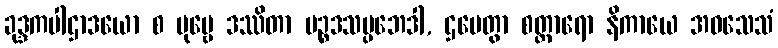
ခုဒ္ဒကပါဌာဒယော စ ပုဗ္ဗေ ဒဿိတာ ပဉ္စဒသပ္ပဘေဒါ, ဌပေတွာ စတ္တာရော နိကာယေ အဝသေသံ